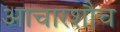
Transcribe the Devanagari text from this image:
आचारशौच